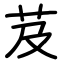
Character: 芨